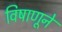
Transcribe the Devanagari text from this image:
विषाणूने